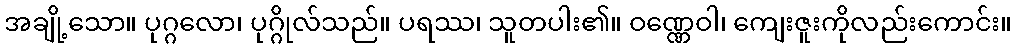
အချို့သော။ ပုဂ္ဂလော၊ ပုဂ္ဂိုလ်သည်။ ပရဿ၊ သူတပါး၏။ ဝဏ္ဏေဝါ၊ ကျေးဇူးကိုလည်းကောင်း။